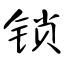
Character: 锁